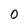
Character: 0